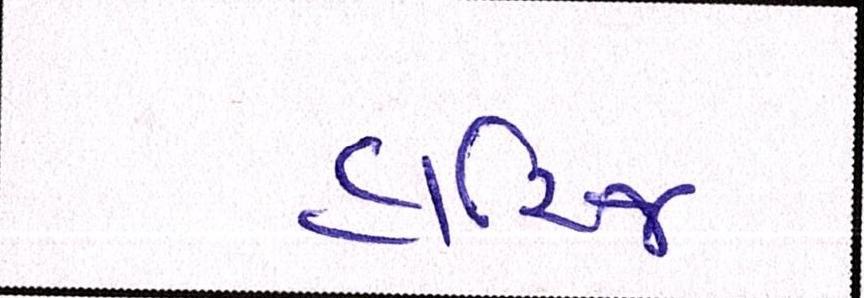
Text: હારિજ